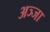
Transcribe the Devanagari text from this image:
अञ्जा